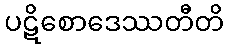
ပဋိစောဒေဿတီတိ